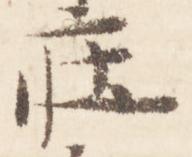
荘